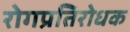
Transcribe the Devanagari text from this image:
रोगप्रतिरोधक